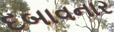
દબાવનાર